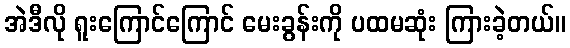
အဲဒီလို ရူးကြောင်ကြောင် မေးခွန်းကို ပထမဆုံး ကြားခဲ့တယ်။